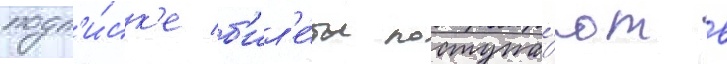
подп'и́ск'е б'ил'е́ты поступа́ют в